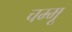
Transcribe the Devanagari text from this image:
चम्मू